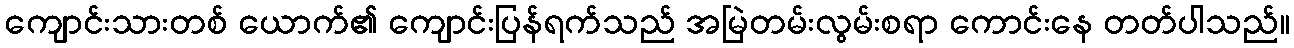
ကျောင်းသားတစ် ယောက်၏ ကျောင်းပြန်ရက်သည် အမြဲတမ်းလွမ်းစရာ ကောင်းနေ တတ်ပါသည်။